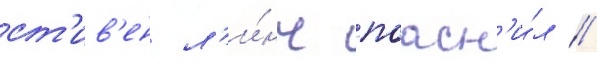
ст'ив'ен л'и́нч поасн'и́л /